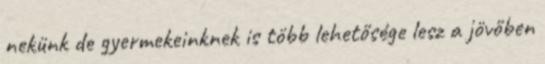
nekünk de gyermekeinknek is több lehetősége lesz a jövőben